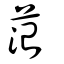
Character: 菭